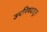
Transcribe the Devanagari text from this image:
उपनिषदातून